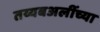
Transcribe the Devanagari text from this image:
तय्यबअलींच्या